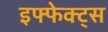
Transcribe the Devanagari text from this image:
इफ्फेक्ट्स